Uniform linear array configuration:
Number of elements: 8
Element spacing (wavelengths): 0.25
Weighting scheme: uniform
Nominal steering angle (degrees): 45
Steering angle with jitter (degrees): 44.913
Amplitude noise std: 0.05
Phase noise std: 0.05

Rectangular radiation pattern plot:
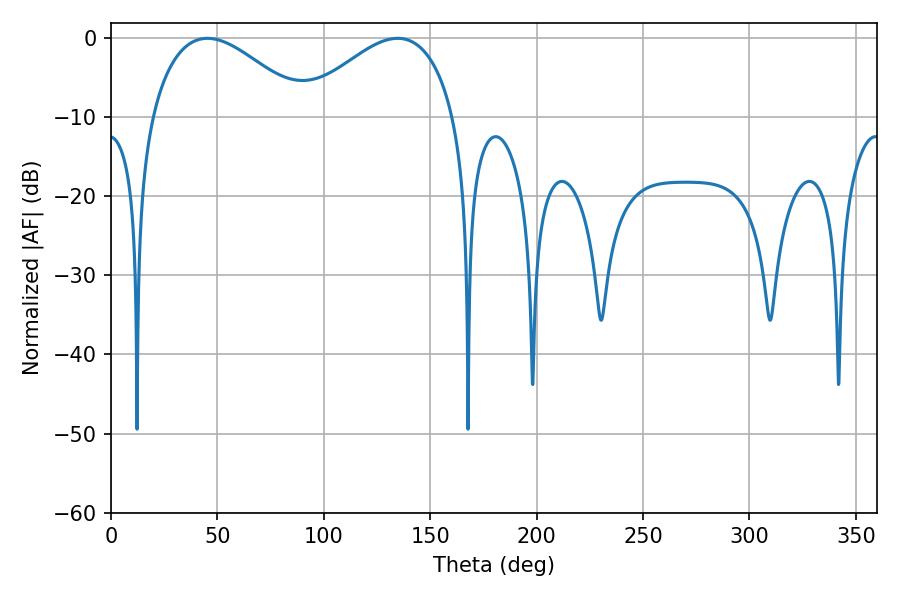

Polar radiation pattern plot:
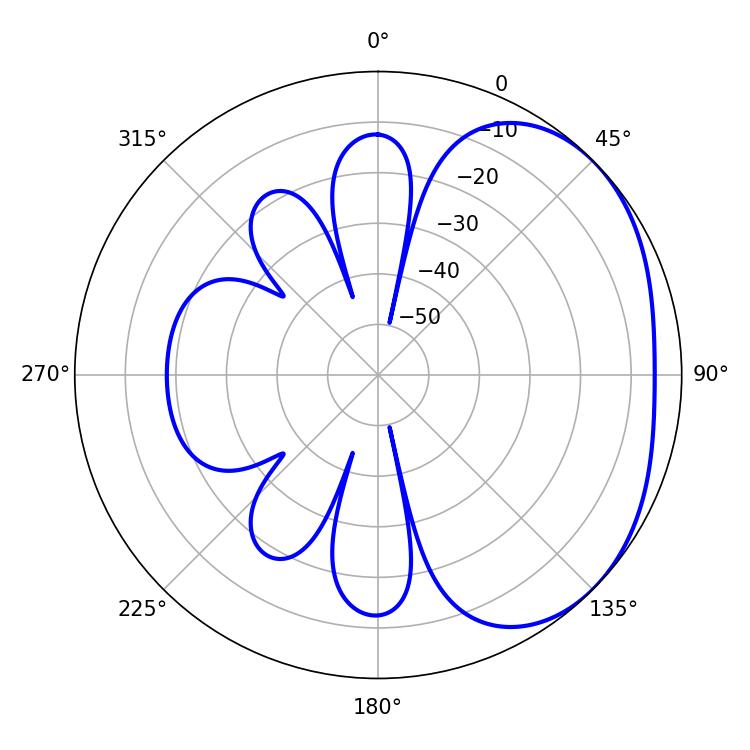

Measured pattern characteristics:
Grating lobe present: FALSE
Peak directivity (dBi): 2.593
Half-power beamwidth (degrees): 39.78
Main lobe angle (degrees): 45.36